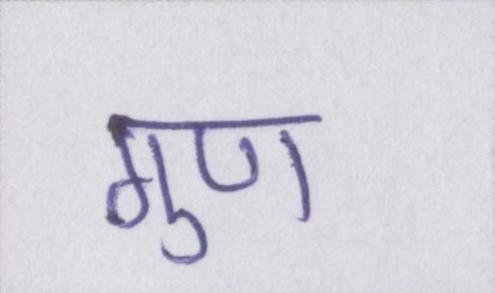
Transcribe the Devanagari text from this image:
गुण